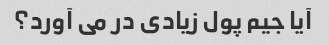
آیا جیم پول زیادی در می آورد؟